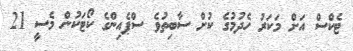
ޓެކްސް އަށް މަކަރު ހެދުމުގެ ކުށް ސާބިތުވެ ސްޕެއިންގެ ކޯޓަކުން މެސީ 21